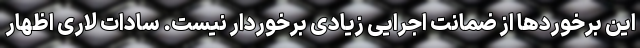
این برخوردها از ضمانت اجرایی زیادی برخوردار نیست. سادات لاری اظهار